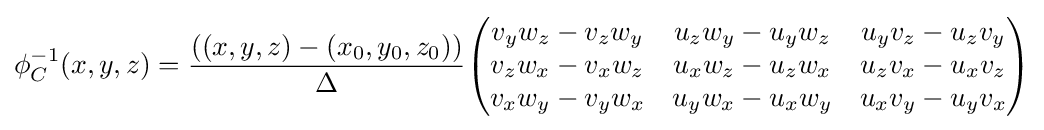
\phi _{C}^{-1}(x,y,z)={((x,y,z)-(x_{0},y_{0},z_{0})) \over \Delta }{\begin{pmatrix}v_{y}w_{z}-v_{z}w_{y}&u_{z}w_{y}-u_{y}w_{z}&u_{y}v_{z}-u_{z}v_{y}\\v_{z}w_{x}-v_{x}w_{z}&u_{x}w_{z}-u_{z}w_{x}&u_{z}v_{x}-u_{x}v_{z}\\v_{x}w_{y}-v_{y}w_{x}&u_{y}w_{x}-u_{x}w_{y}&u_{x}v_{y}-u_{y}v_{x}\end{pmatrix}}